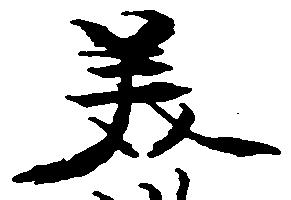
美